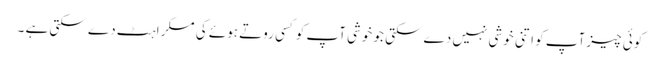
کوئی چیز آپ کو اتنی خوشی نہیں دے سکتی جو خوشی آپ کوکسی روتے ہوئے کی مسکراہٹ دے سکتی ہے ۔